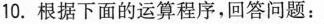
10.根据下面的运算程序，回答问题：